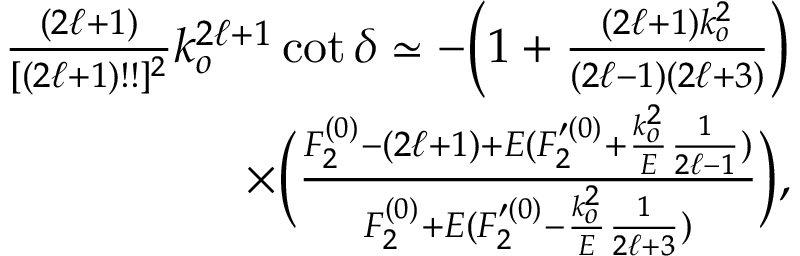
\begin{array} { r l r } & { } & { \frac { ( 2 \ell + 1 ) } { [ ( 2 \ell + 1 ) ! ! ] ^ { 2 } } k _ { o } ^ { 2 \ell + 1 } \cot \delta \simeq - \bigg ( 1 + \frac { ( 2 \ell + 1 ) k _ { o } ^ { 2 } } { ( 2 \ell - 1 ) ( 2 \ell + 3 ) } \bigg ) } \\ & { } & { \times \bigg ( \frac { F _ { 2 } ^ { ( 0 ) } - ( 2 \ell + 1 ) + E ( F _ { 2 } ^ { \prime ( 0 ) } + \frac { k _ { o } ^ { 2 } } { E } \frac { 1 } { 2 \ell - 1 } ) } { F _ { 2 } ^ { ( 0 ) } + E ( F _ { 2 } ^ { \prime ( 0 ) } - \frac { k _ { o } ^ { 2 } } { E } \frac { 1 } { 2 \ell + 3 } ) } \bigg ) , } \end{array}